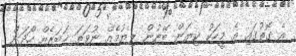
އެ ގޮތުގައި އެ މީހަކު ކިޔަން ބޭނުން ލިޔުމެއް ނުވަތަ ޚަބަރެއް ހޯދަން